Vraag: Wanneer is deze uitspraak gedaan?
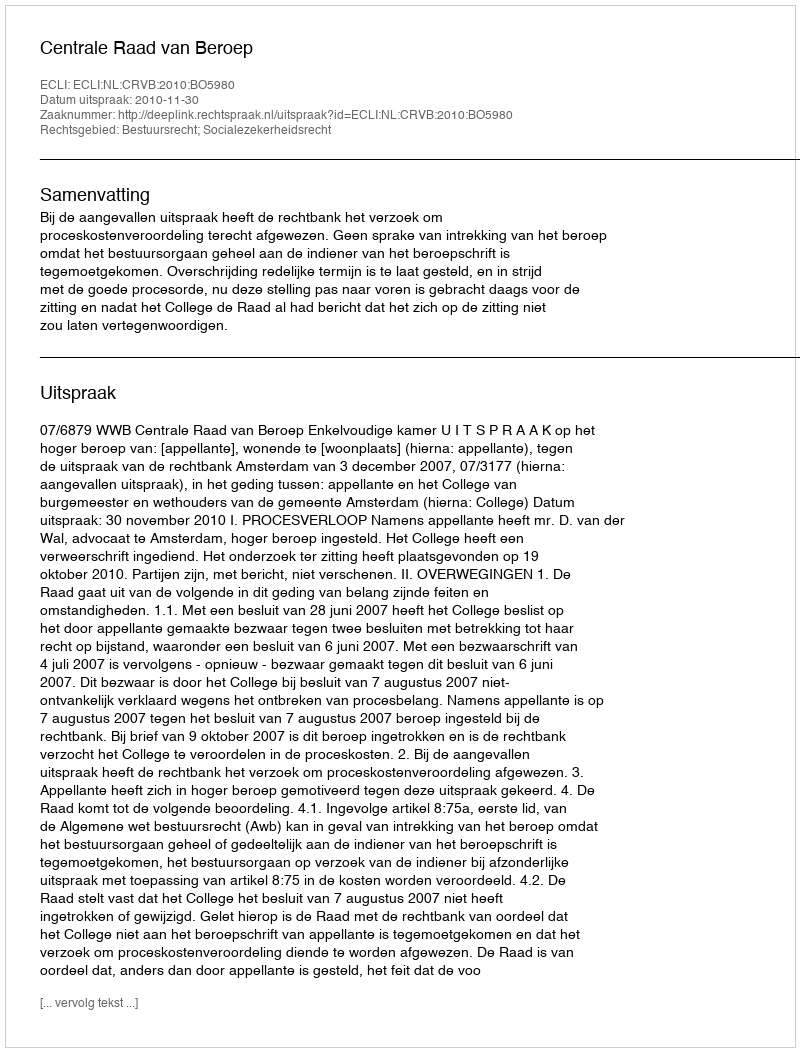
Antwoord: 2010-11-30